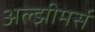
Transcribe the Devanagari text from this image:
अल्झीमर्स